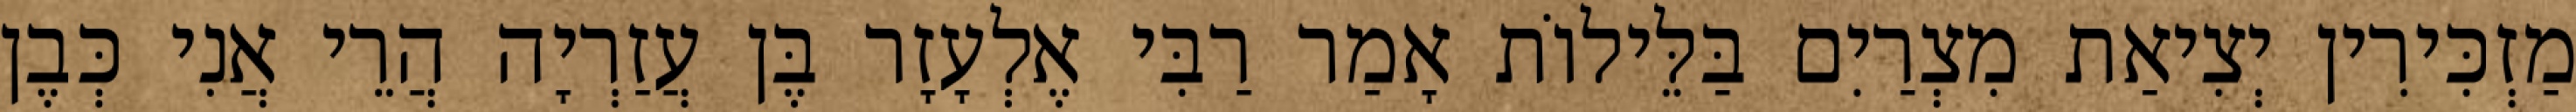
מַזְכִּירִין יְצִיאַת מִצְרַיִם בַּלֵּילוֹת אָמַר רַבִּי אֶלְעָזָר בֶּן עֲזַרְיָה הֲרֵי אֲנִי כְּבֶן